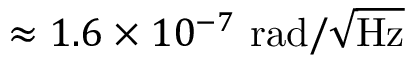
\approx 1 . 6 \times 1 0 ^ { - 7 } ~ \mathrm { { r a d } / \sqrt { H z } }